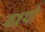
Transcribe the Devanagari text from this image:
वश्यो